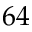
6 4